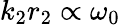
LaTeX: k_{2}r_{2}\propto\omega_{0}